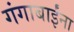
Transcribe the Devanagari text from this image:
गंगाबाईंना